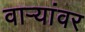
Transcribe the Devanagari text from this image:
वाऱ्यांवर